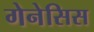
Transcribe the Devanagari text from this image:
गेनेसिस